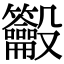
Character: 𪛒